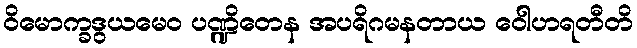
ဝိမောက္ခဒွယမေဝ ပဏ္ဍိတေန အပရိဂမနတာယ ဝေါဟရတီတိ